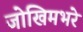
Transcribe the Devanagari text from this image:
जोखिमभरे